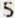
5